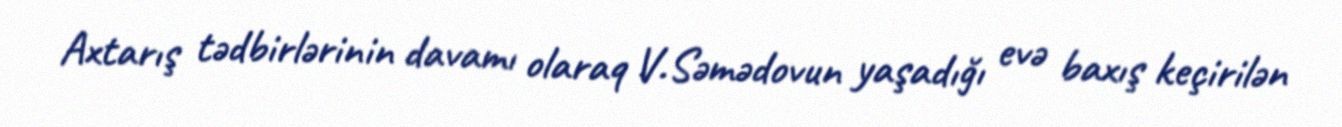
Axtarış tədbirlərinin davamı olaraq V.Səmədovun yaşadığı evə baxış keçirilən